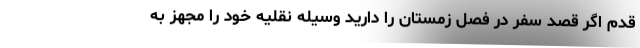
قدم اگر قصد سفر در فصل زمستان را دارید وسیله نقلیه خود را مجهز به